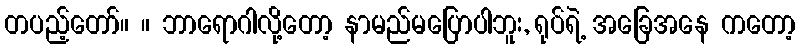
တပည့်တော်။ ။ ဘာရောဂါလို့တော့ နာမည်မပြောပါဘူး, ရုပ်ရဲ့ အခြေအနေ ကတော့